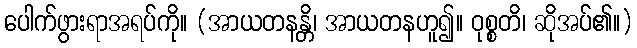
ပေါက်ဖွားရာအရပ်ကို။ (အာယတနန္တိ၊ အာယတနဟူ၍။ ဝုစ္စတိ၊ ဆိုအပ်၏။)